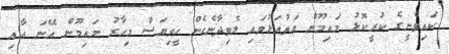
ކައިވެނީގެ ކުރީކޮޅު މައިމޫން އަތުއަޅުވައި ލެވިދާނެހެން ހީވިޔަސް މިހާރު މައިމޫން އޭނަ އާއި